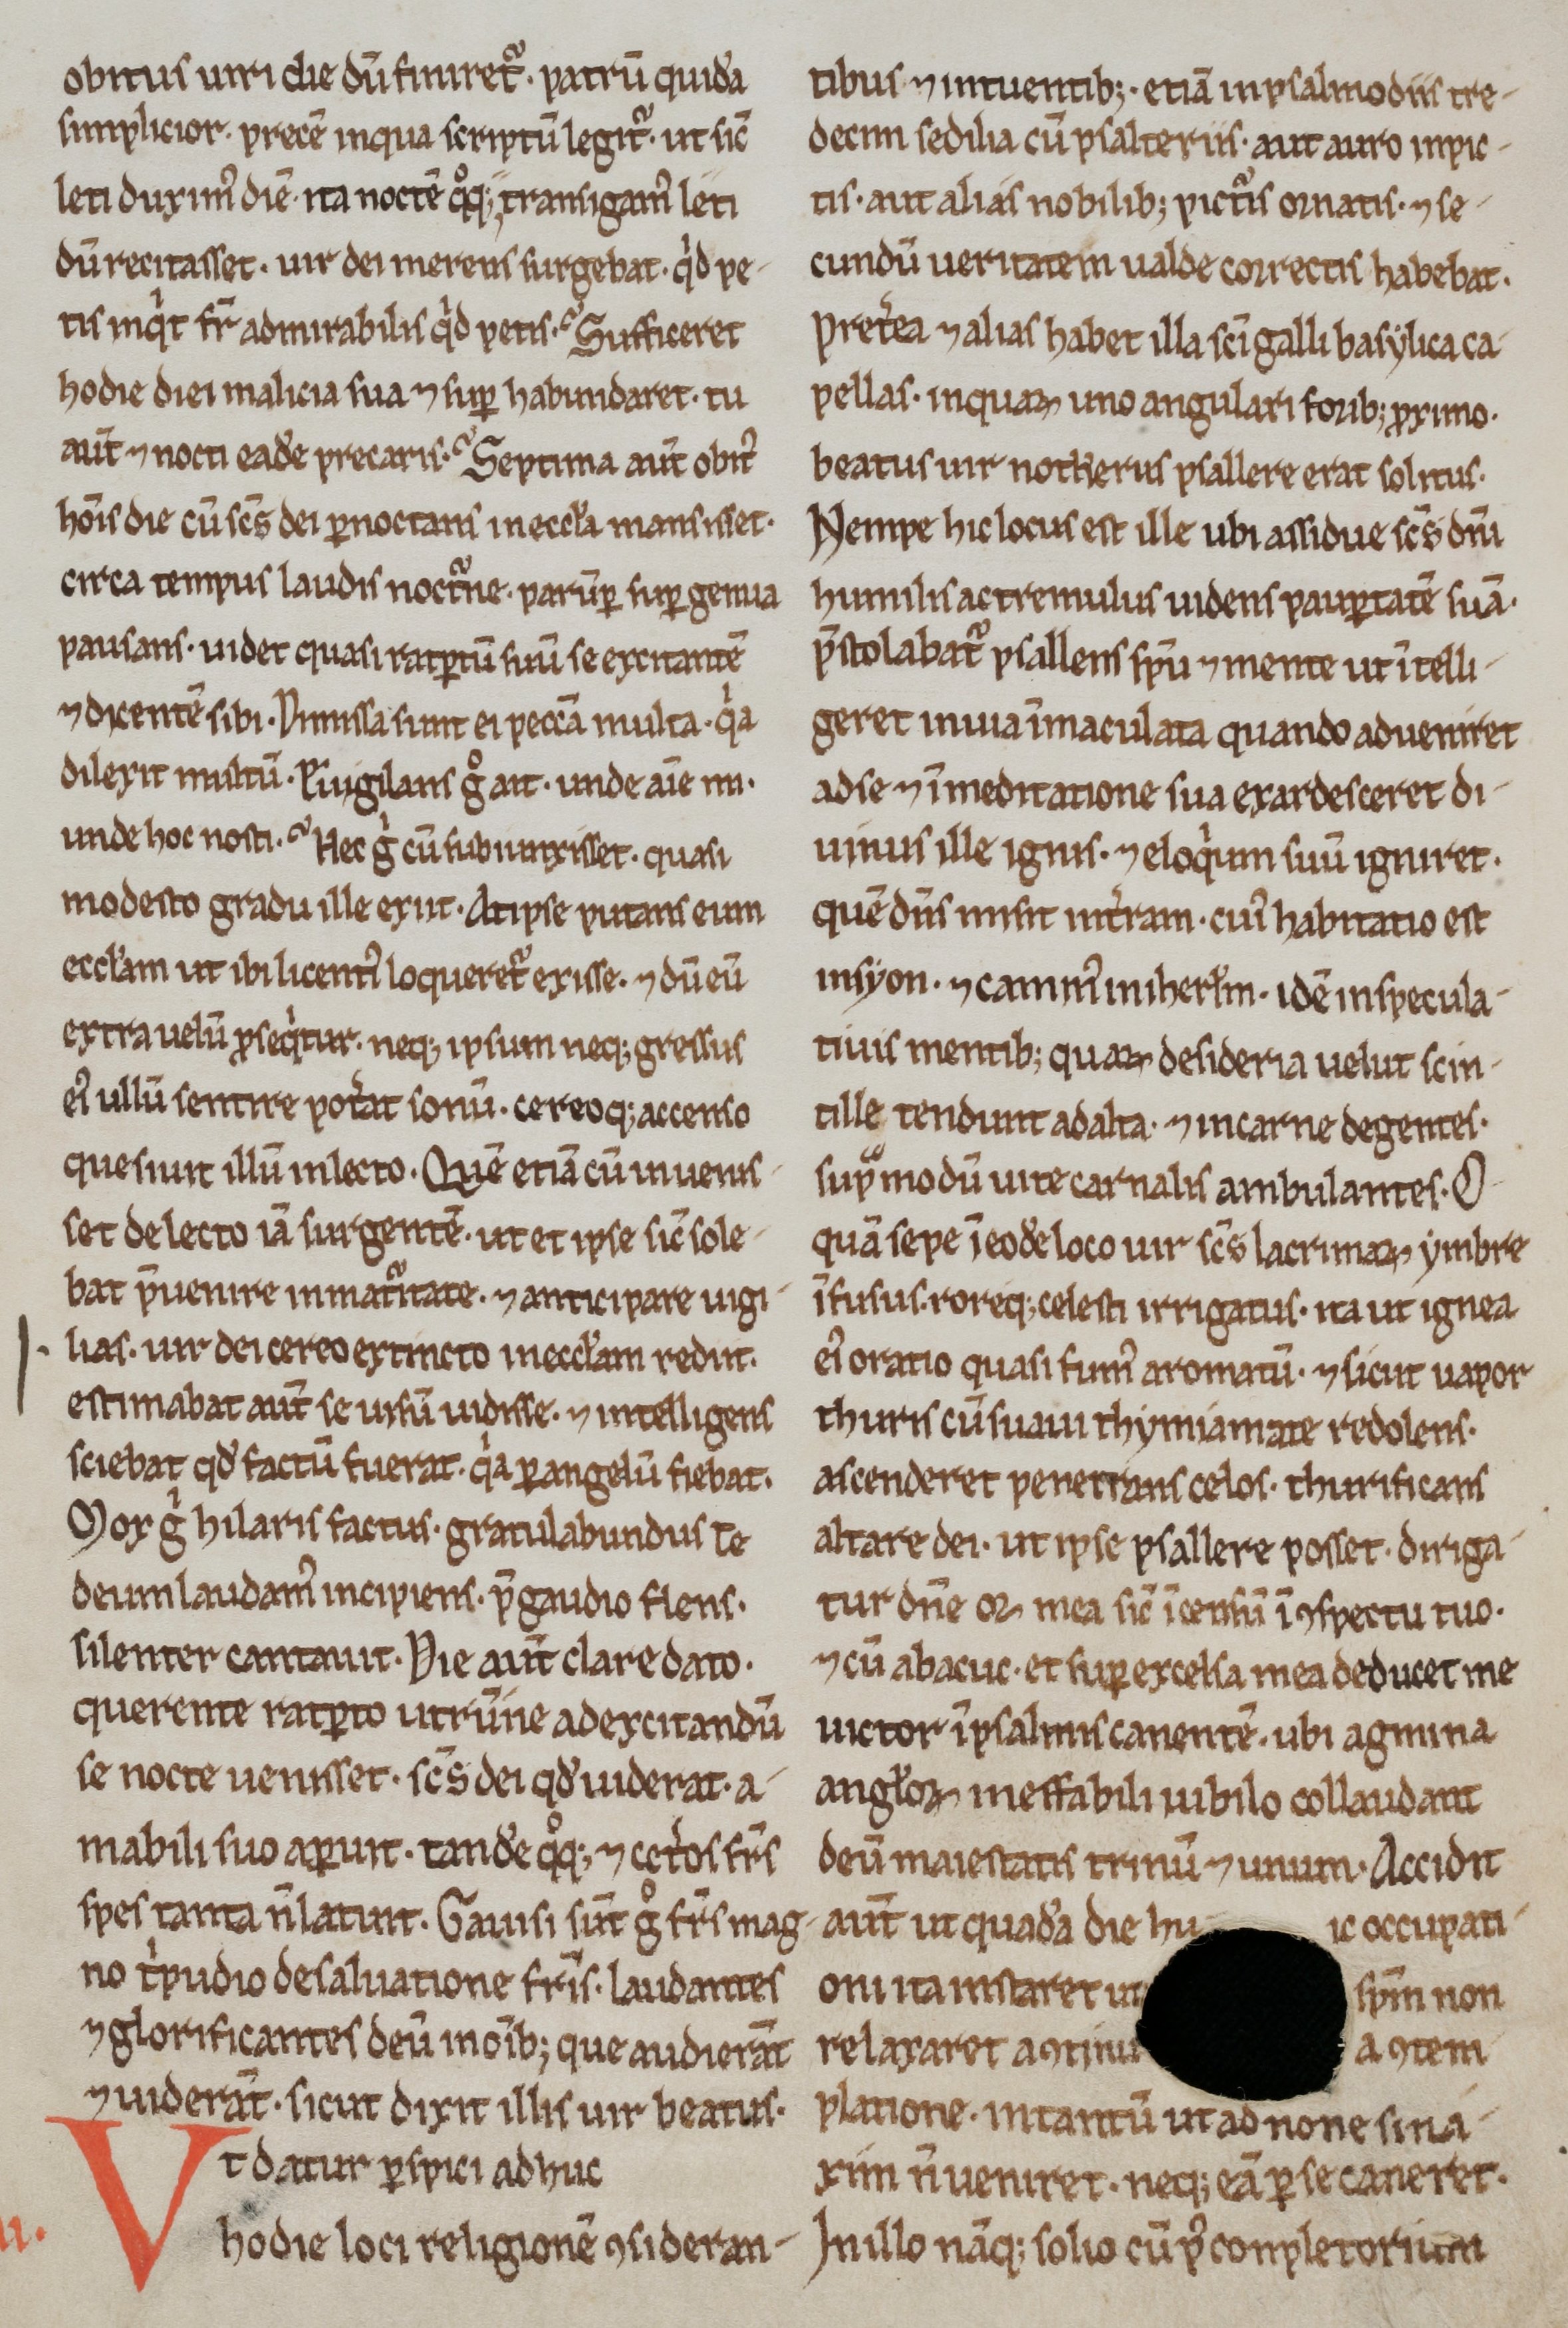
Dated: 800–999